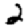
Digit: 2